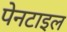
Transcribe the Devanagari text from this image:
पेनटाइल